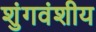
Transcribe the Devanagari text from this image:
शुंगवंशीय